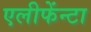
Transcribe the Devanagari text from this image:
एलीफेंन्टा